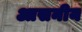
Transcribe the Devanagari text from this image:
आसनीय